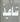
تاعيد